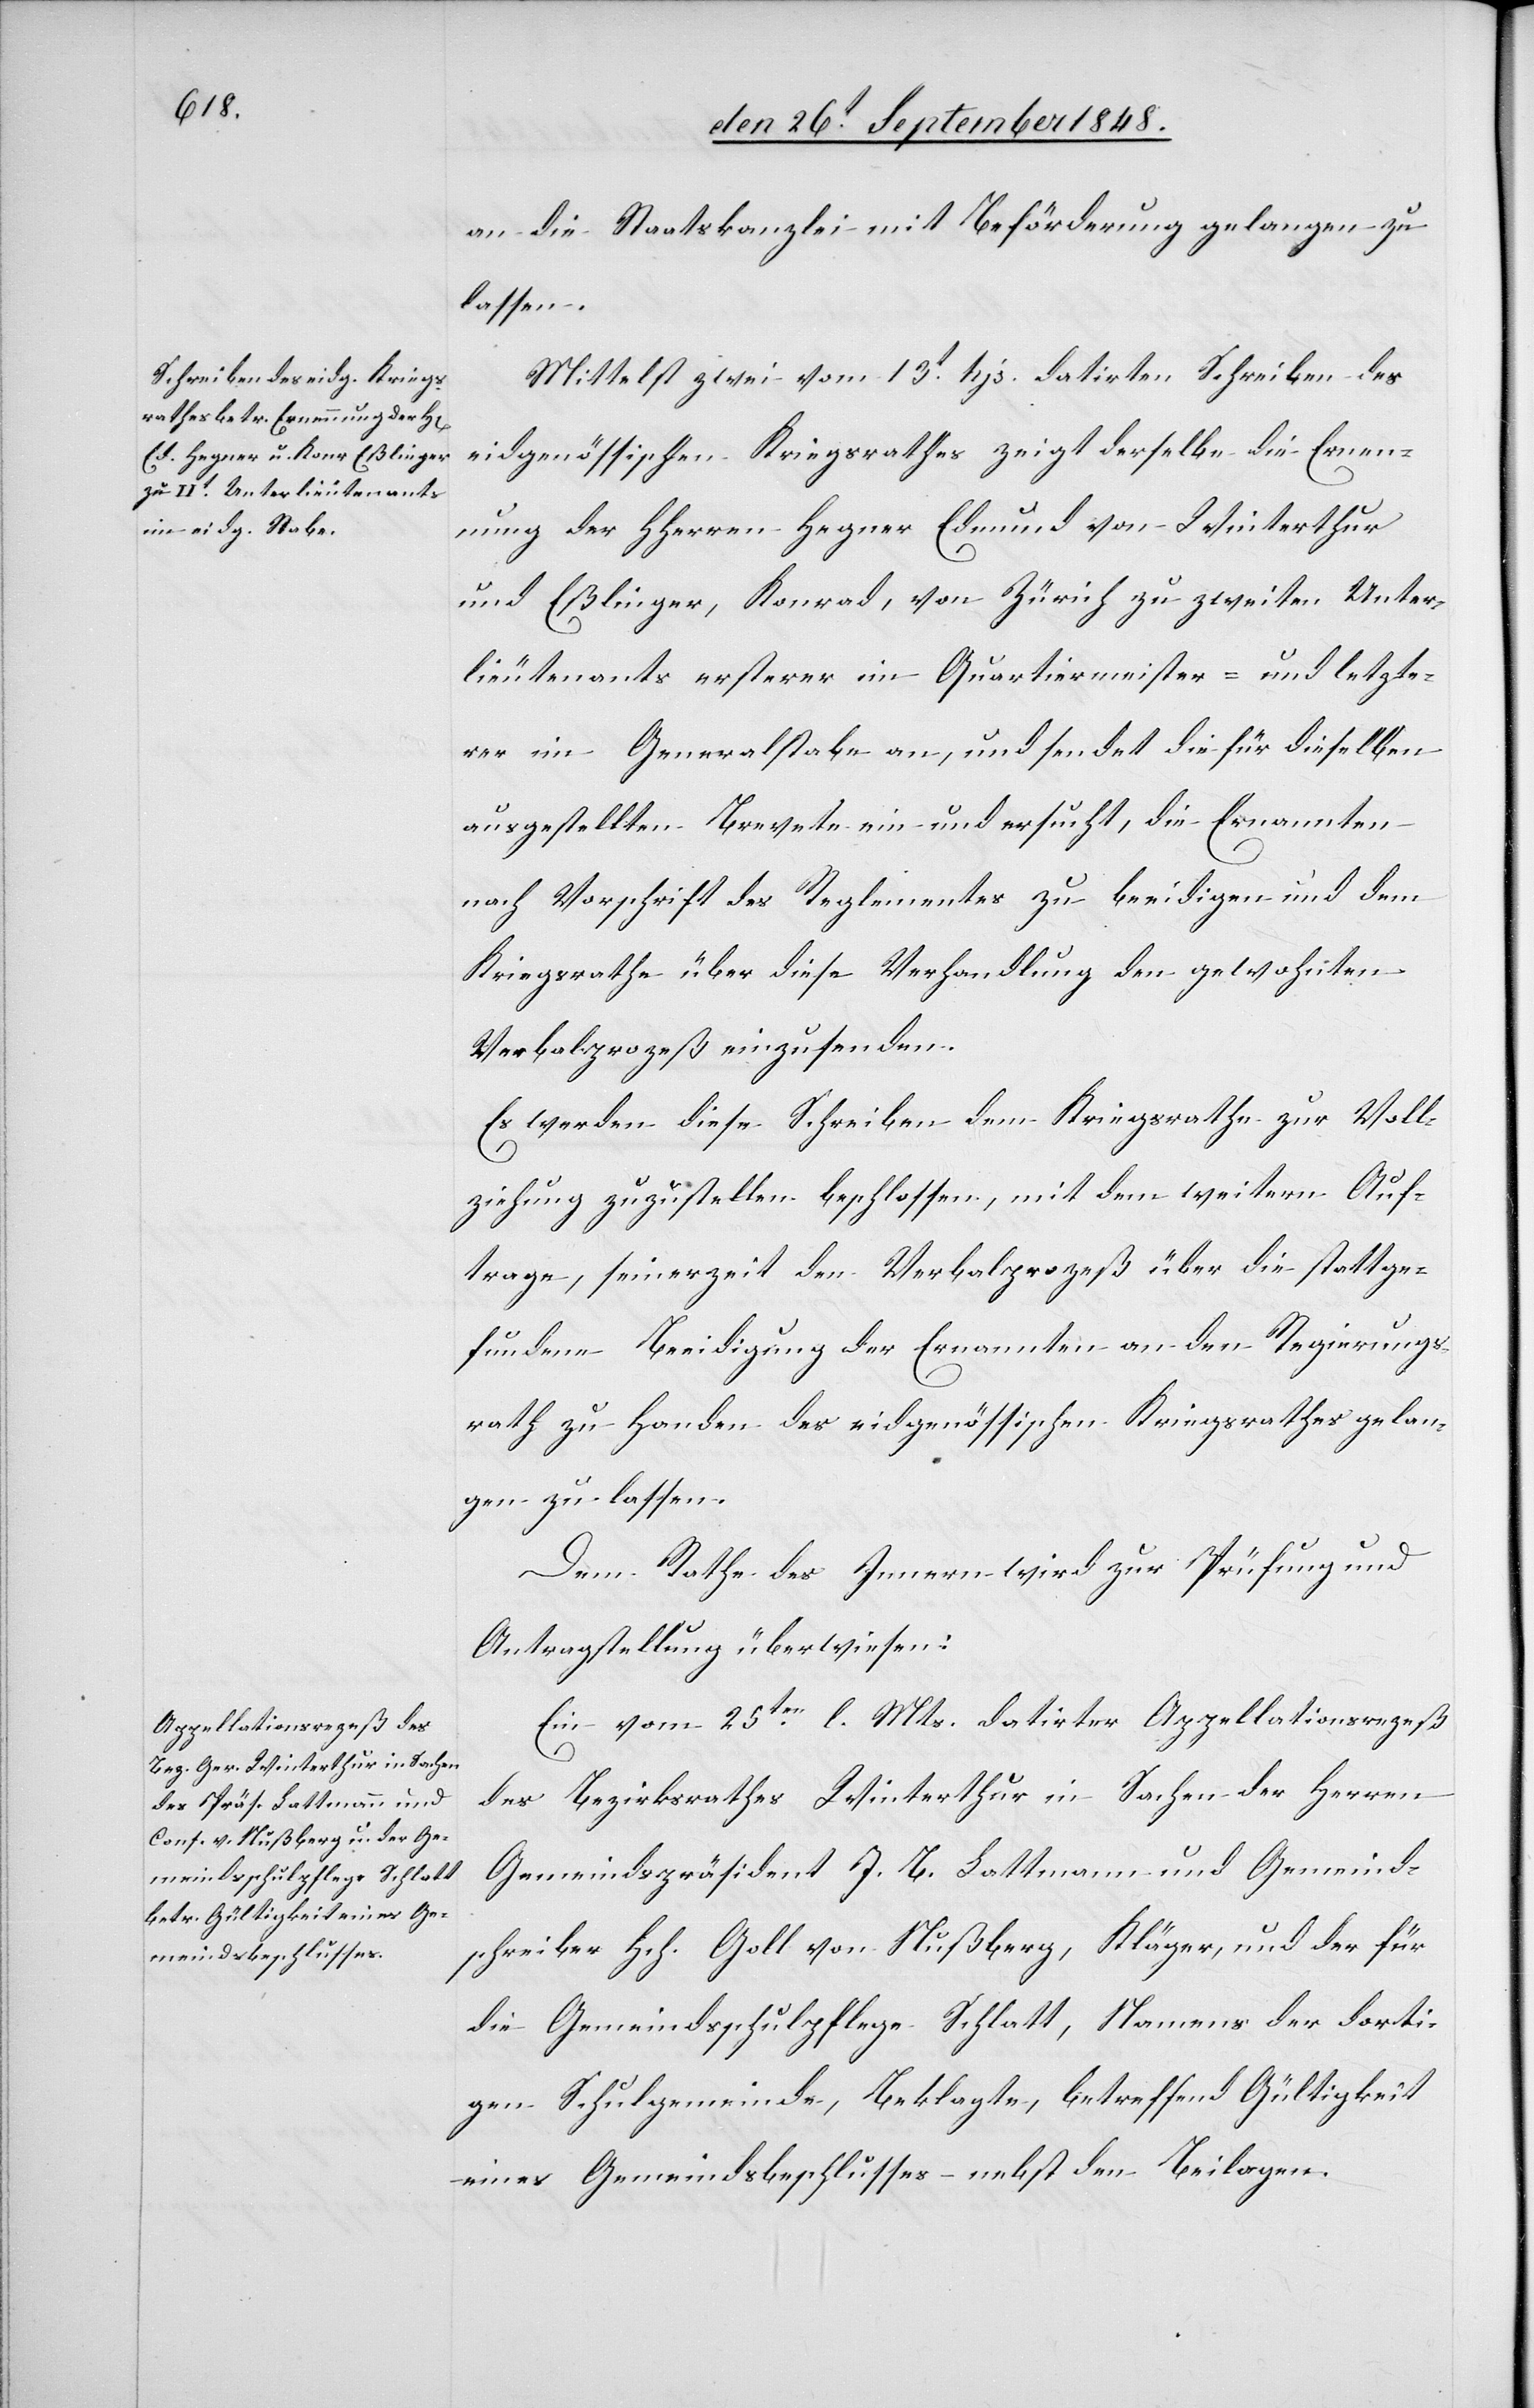
den 27t. September 1848.]
an die Staatskanzlei mit Beförderung gelangen zu
lassen.
Mittelst zwei vom 13t Hjs. datirten Schreiben des
eidgenössischen Kriegsrathes zeigt derselbe die Ernen¬
nung der HHerren Hegner Edmund von Winterthur
und Eßlinger, Konrad, von Zürich zu zweiten Unter¬
lieutenants ersterer im Quartiermeister- und letzte¬
rer im Generalstabe an, und sendet die für dieselben
ausgestellten Brevete ein und ersucht, die Ernannten
nach Vorschrift des Reglementes zu beeidigen und dem
Kriegsrathe über diese Verhandlung den gewohnten
Verbalprozeß einzusenden.
Es werden diese Schreiben dem Kriegsrathe zur Voll¬
ziehung zuzustellen beschlossen, mit dem weitern Auf¬
trage, seinerzeit den Verbalprozeß über die stattge¬
fundene Beeidigung der Ernannten an den Regierungs¬
rath zu Handen des eidgenössischen Kriegsrathes gelan¬
gen zu lassen.
Dem Rathe des Innern wird zur Prüfung und
Antragstellung überwiesen:
Ein vom 25ten l. Mts. datirter Appellationsrezeß
des Bezirksrathes Winterthur in Sachen der Herren
Gemeindspräsident J. B. Lattmann und Gemeind¬
schreiber Hch. Goll von Nußberg, Kläger, und der für
die Gemeindsschulpflege Schlatt, Namens der dorti¬
gen Schulgemeinde, Beklagte, betreffend Gültigkeit
eines Gemeindsbeschlusses nebst den Beilagen.